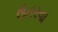
ઉતરવા